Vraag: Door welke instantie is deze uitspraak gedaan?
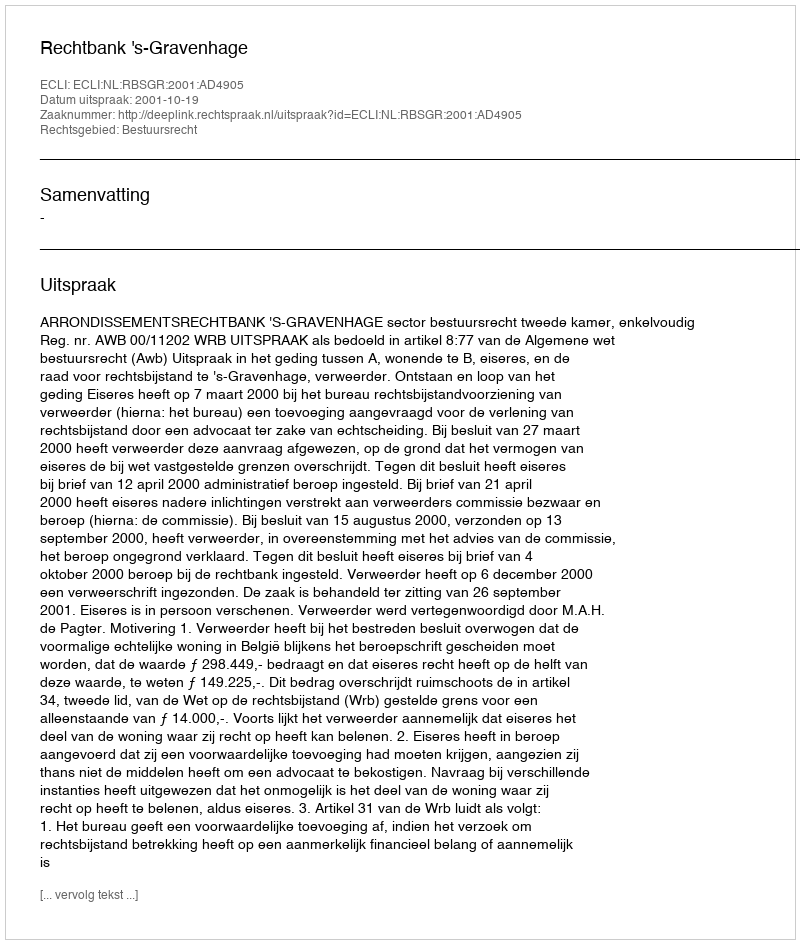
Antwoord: Rechtbank 's-Gravenhage